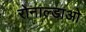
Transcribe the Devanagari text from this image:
रोनाल्डाओ